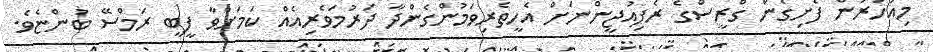
މިއަހަރުން ފެށިގެން ގްރީސްގެ ރެފިއުޖީންނަށް އެހީތެރިވަމުންގެންދާ ދަރުމަވެރިއެއް ކަމަށްވާ ފީބީ ރަމްސޭ ބުންޏެވެ.